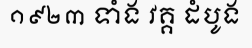
១៩២៣ ទាំង វគ្គ ដំបូង